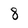
Character: 8